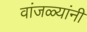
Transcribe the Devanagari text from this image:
वांजळ्यांनी